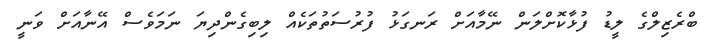
ބްރެޒިލްގެ ލީޑު ފުޅާކޮށްލަން ނޭމާއަށް ރަނގަޅު ފުރުސަތުތަކެއް ލިބިގެންދިޔަ ނަމަވެސް އޭނާއަށް ވަނީ